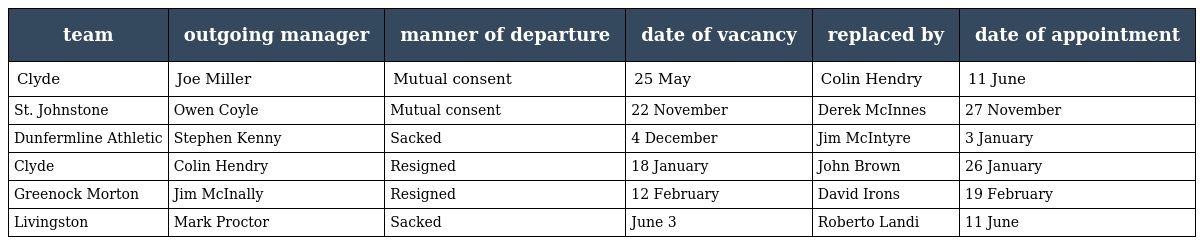
| team | outgoing manager | manner of departure | date of vacancy | replaced by | date of appointment |
 | --- | --- | --- | --- | --- | --- |
 | Clyde | Joe Miller | Mutual consent | 25 May | Colin Hendry | 11 June |
 | St. Johnstone | Owen Coyle | Mutual consent | 22 November | Derek McInnes | 27 November |
 | Dunfermline Athletic | Stephen Kenny | Sacked | 4 December | Jim McIntyre | 3 January |
 | Clyde | Colin Hendry | Resigned | 18 January | John Brown | 26 January |
 | Greenock Morton | Jim McInally | Resigned | 12 February | David Irons | 19 February |
 | Livingston | Mark Proctor | Sacked | June 3 | Roberto Landi | 11 June |